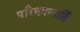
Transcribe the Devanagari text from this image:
परिधमन्यार्ति